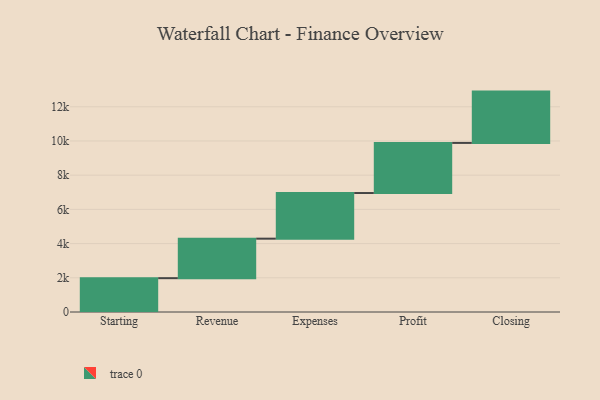
{"axis": {"x": "Step", "y": "Value"}, "legend": [""], "data": [{"x": "Starting", "y": 1978.0, "type": ""}, {"x": "Revenue", "y": 2310.0, "type": ""}, {"x": "Expenses", "y": 2668.0, "type": ""}, {"x": "Profit", "y": 2930.0, "type": ""}, {"x": "Closing", "y": 3000, "type": ""}]}